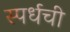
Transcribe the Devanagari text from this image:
स्पर्धची